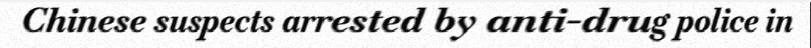
Chinese suspects arrested by anti-drug police in